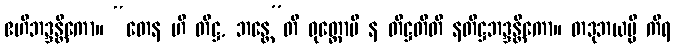
ဧဟိဘဒ္ဒန္တိကော။ “တေန ဟိ တိဋ္ဌ, ဘန္တေ”တိ ဝုတ္တောပိ န တိဋ္ဌတီတိ နတိဋ္ဌဘဒ္ဒန္တိကော။ တဒုဘယမ္ပိ ကိရ